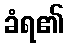
ခံရ၏